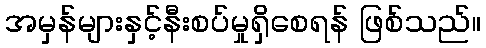
အမှန်များနှင့်နီးစပ်မှုရှိစေရန် ဖြစ်သည်။